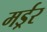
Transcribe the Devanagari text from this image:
मर्ड्रर